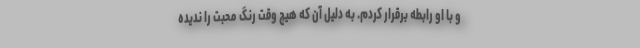
و با او رابطه برقرار کردم. به دلیل آن که هیچ وقت رنگ محبت را ندیده